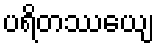
ပရိတဿေယျ